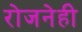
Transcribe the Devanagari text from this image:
रोजनेही